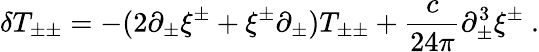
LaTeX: \delta T_{\pm\pm}=-(2\partial_{\pm}\xi^{\pm}+\xi^{\pm}\partial_{\pm})T_{\pm\pm}+{\frac{c}{24\pi}}\partial_{\pm}^{3}\xi^{\pm}\ .